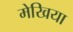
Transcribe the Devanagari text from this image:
मेखिया